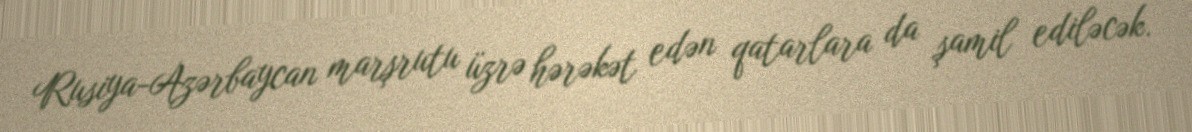
Rusiya-Azərbaycan marşrutu üzrə hərəkət edən qatarlara da şamil ediləcək.